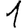
Digit: 1